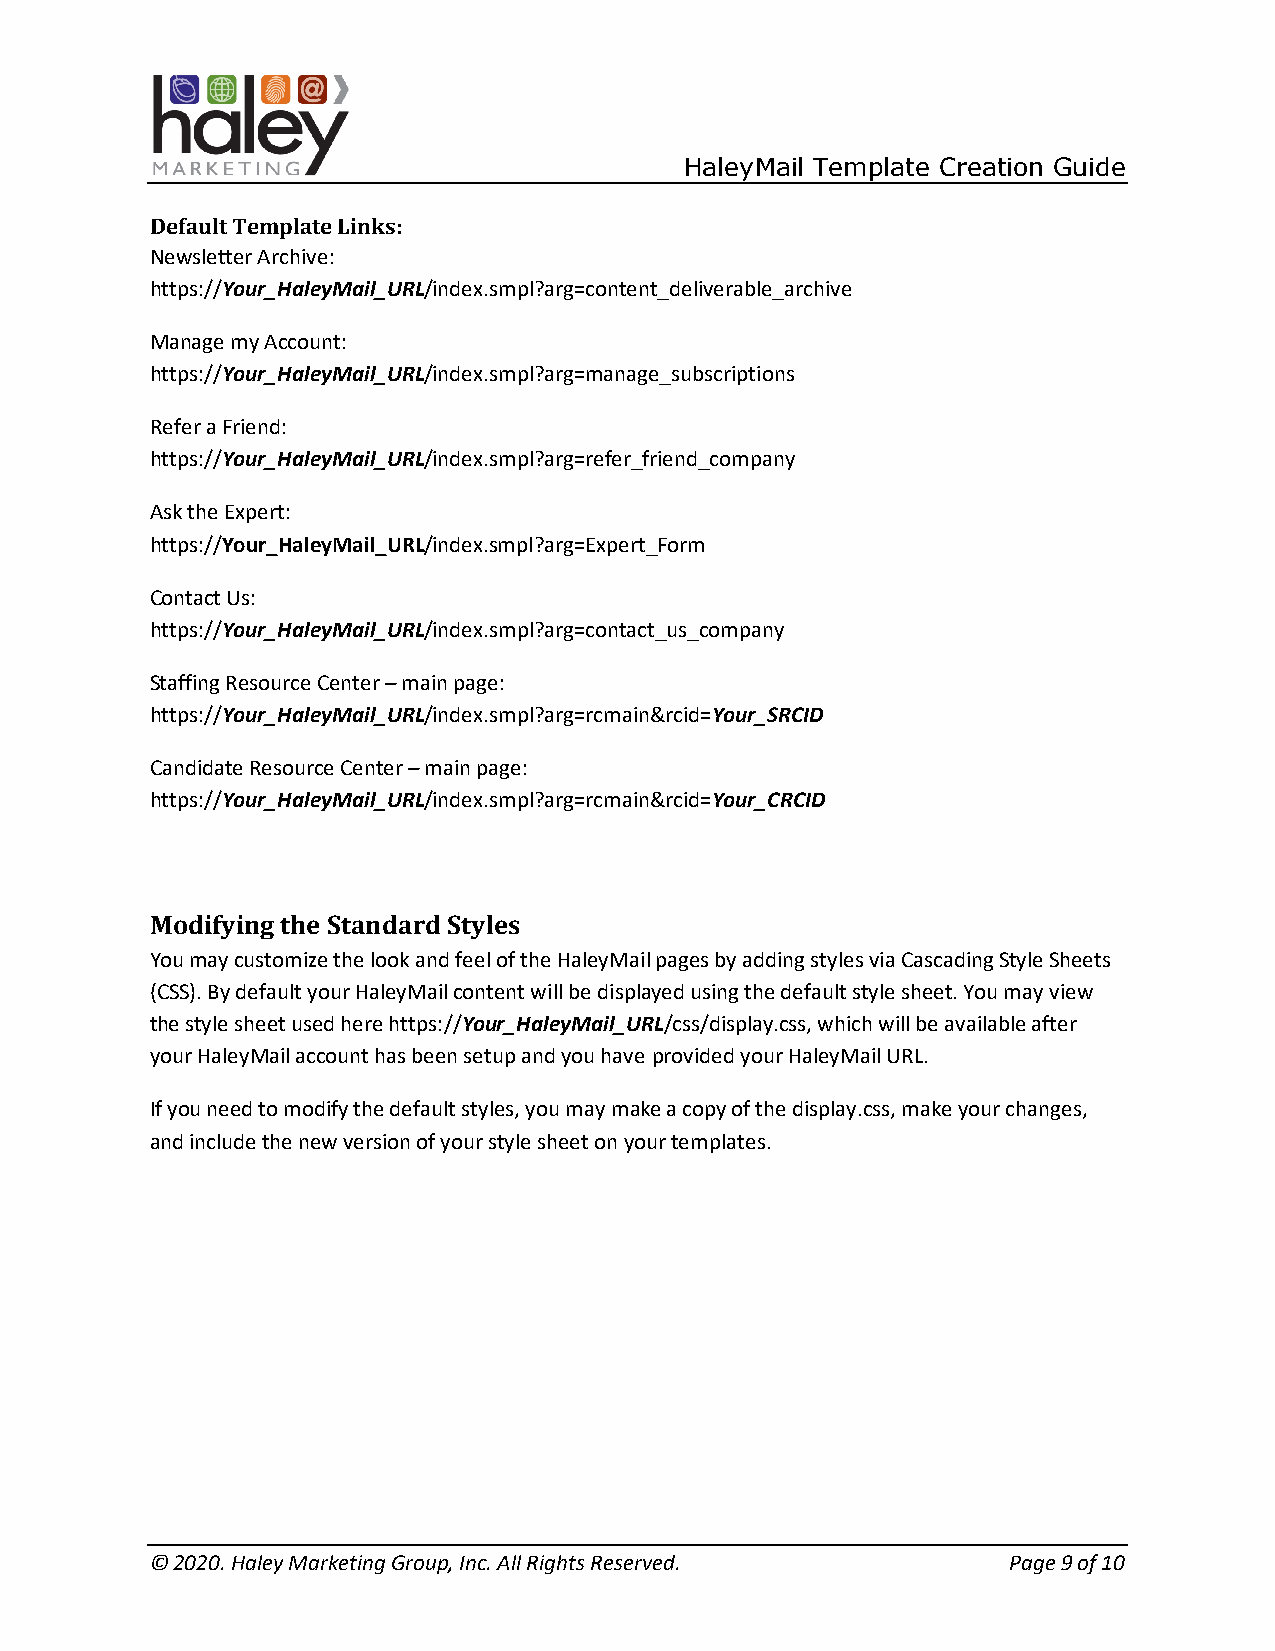
HaleyMail Template Creation Guide
 Default Template Links:
 Newsletter Archive:
 https://Your_HaleyMail_URL/index.smpl?arg=content_deliverable_archive
 Manage my Account:
 https://Your_HaleyMail_URL/index.smpl?arg=manage_subscriptions
 Refer a Friend:
 https://Your_HaleyMail_URL/index.smpl?arg=refer_friend_company
 Ask the Expert:
 https://Your_HaleyMail_URL/index.smpl?arg=Expert_Form
 Contact Us:
 https://Your_HaleyMail_URL/index.smpl?arg=contact_us_company
 Staffing Resource Center – main page:
 https://Your_HaleyMail_URL/index.smpl?arg=rcmain&rcid=Your_SRCID
 Candidate Resource Center – main page:
 https://Your_HaleyMail_URL/index.smpl?arg=rcmain&rcid=Your_CRCID
 Modifying the Standard Styles
 You may customize the look and feel of the HaleyMail pages by adding styles via Cascading Style Sheets
 (CSS). By default your HaleyMail content will be displayed using the default style sheet. You may view
 the style sheet used here https://Your_HaleyMail_URL/css/display.css, which will be available after
 your HaleyMail account has been setup and you have provided your HaleyMail URL.
 If you need to modify the default styles, you may make a copy of the display.css, make your changes,
 and include the new version of your style sheet on your templates.
 © 2020. Haley Marketing Group, Inc. All Rights Reserved. Page 9 of 10